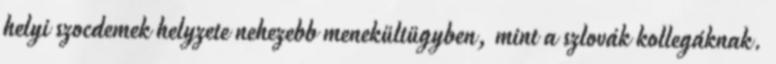
helyi szocdemek helyzete nehezebb menekültügyben, mint a szlovák kollegáknak.